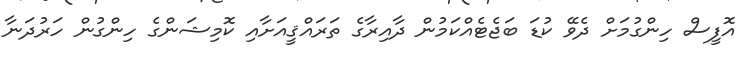
އޮފީސް ހިންގުމަށް ދެވޭ ކުޑަ ބަޖެޓެއްކަމުން ދާއިރާގެ ތަރައްޤީއަށާއި ކޮމިޝަންގެ ހިންގުން ހަރުދަނާ